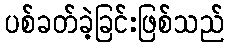
ပစ်ခတ်ခဲ့ခြင်းဖြစ်သည်